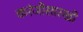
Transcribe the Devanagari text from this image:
करंजीसारखी